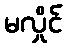
မလှိုင်